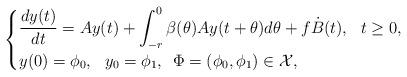
LaTeX: \begin{align*}\begin{cases}\displaystyle\frac{dy(t)}{dt} =Ay(t) + \displaystyle\int^0_{-r} \beta(\theta)A y(t+\theta)d\theta + f \dot B(t),\,\,\,\,t\ge 0,\\y(0)=\phi_0,\,\,\,\,y_0=\phi_1,\,\,\,\Phi=(\phi_0, \phi_1)\in {\cal X},\end{cases}\end{align*}